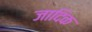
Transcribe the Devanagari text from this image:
जादिक